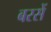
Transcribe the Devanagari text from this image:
बरसें